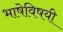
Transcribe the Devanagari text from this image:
भाषेविषयी